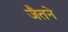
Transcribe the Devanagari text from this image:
जैतने